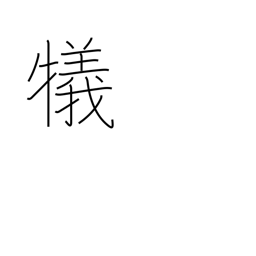
Meaning: sacrifice